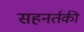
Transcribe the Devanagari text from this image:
सहनर्तकी